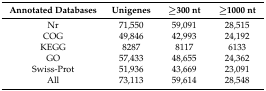
| Annotated Databases | Unigenes | ≥300 nt | ≥1000 nt |
 | --- | --- | --- | --- |
 | Nr | 71,550 | 59,091 | 28,515 |
 | COG | 49,846 | 42,993 | 24,192 |
 | KEGG | 8287 | 8117 | 6133 |
 | GO | 57,433 | 48,655 | 24,362 |
 | Swiss-Prot | 51,936 | 43,669 | 23,091 |
 | All | 73,113 | 59,614 | 28,548 |